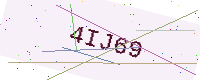
Text: 4IJ69